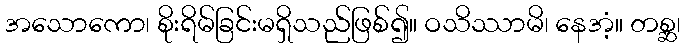
အသောကော၊ စိုးရိမ်ခြင်းမရှိသည်ဖြစ်၍။ ဝသိဿာမိ၊ နေအံ့။ တစ္ဆ၊